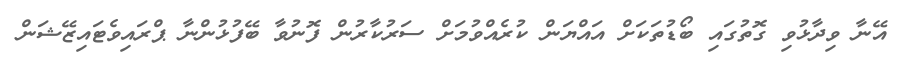
އޭނާ ވިދާޅުވި ގޮތުގައި ބޯޑުތަކަށް އައްޔަން ކުރެއްވުމަށް ސަރުކާރުން ފޮނުވާ ބޭފުޅުންނާ ޕްރައިވެޓައިޒޭޝަން